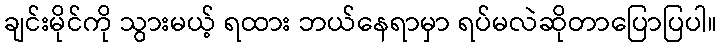
ချင်းမိုင်ကို သွားမယ့် ရထား ဘယ်နေရာမှာ ရပ်မလဲဆိုတာပြောပြပါ။